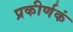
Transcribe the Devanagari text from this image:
प्रकीर्णकं